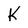
Character: K